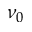
\nu _ { 0 }